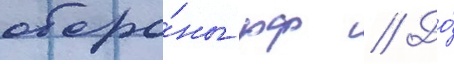
оборо́ны рф // До́